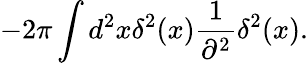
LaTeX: -2\pi\int d^{2}x\delta^{2}(x){\frac{1}{\partial^{2}}}\delta^{2}(x).